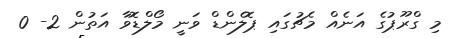
މި ގްރޫޕުގެ އަނެއް މެޗުގައި ޕޮލެންޑް ވަނީ މޯލްޑޮވާ އަތުން 2- 0